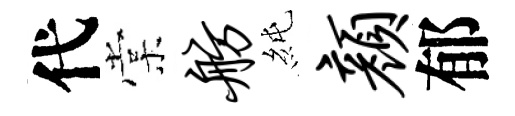
代棠舫純颜郁